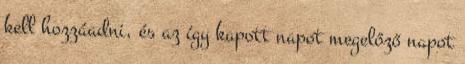
kell hozzáadni, és az így kapott napot megelőző napot